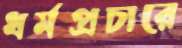
ধর্মপ্রচারে